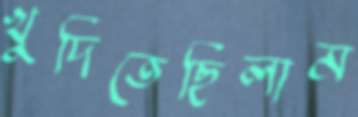
খুদিতেছিলাম